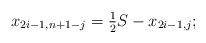
LaTeX: \begin{align*} x_{2i-1,n+1-j} = \tfrac{1}{2} S - x_{2i-1,j};\end{align*}